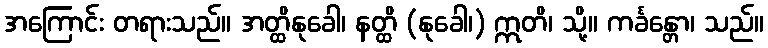
အကြောင်း တရားသည်။ အတ္ထိနုခေါ၊ နတ္ထိ (နုခေါ၊) ဣတိ၊ သို့။ ကင်္ခန္တော၊ သည်။